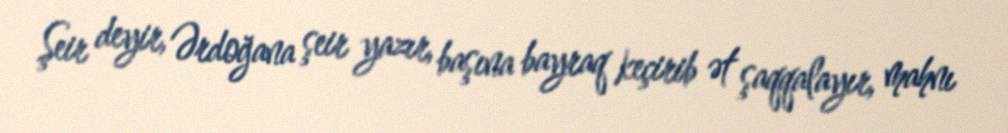
Şeir deyir, Ərdoğana şeir yazır, başına bayraq keçirib ət şaqqalayır, mahnı